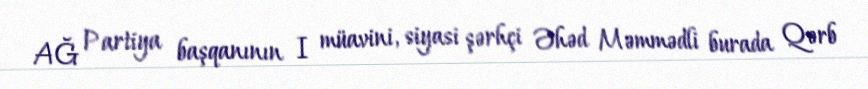
AĞ Partiya başqanının I müavini, siyasi şərhçi Əhəd Məmmədli burada Qərb